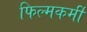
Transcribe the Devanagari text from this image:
फिल्मकर्मी